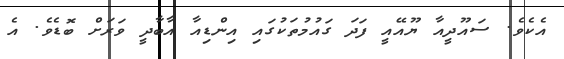
އެކެވެ. ސައޫދީއާ ޔޫއޭއީ ފަދަ ގައުމުތަކުގައި އިންޑިއާ އާބާދީ ވަރަށް ބޮޑެވެ. އެ